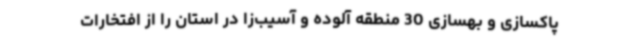
پاکسازی و بهسازی 30 منطقه آلوده و آسیب‌زا در استان را از افتخارات